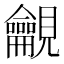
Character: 𧢢